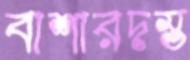
বাশারদস্ত